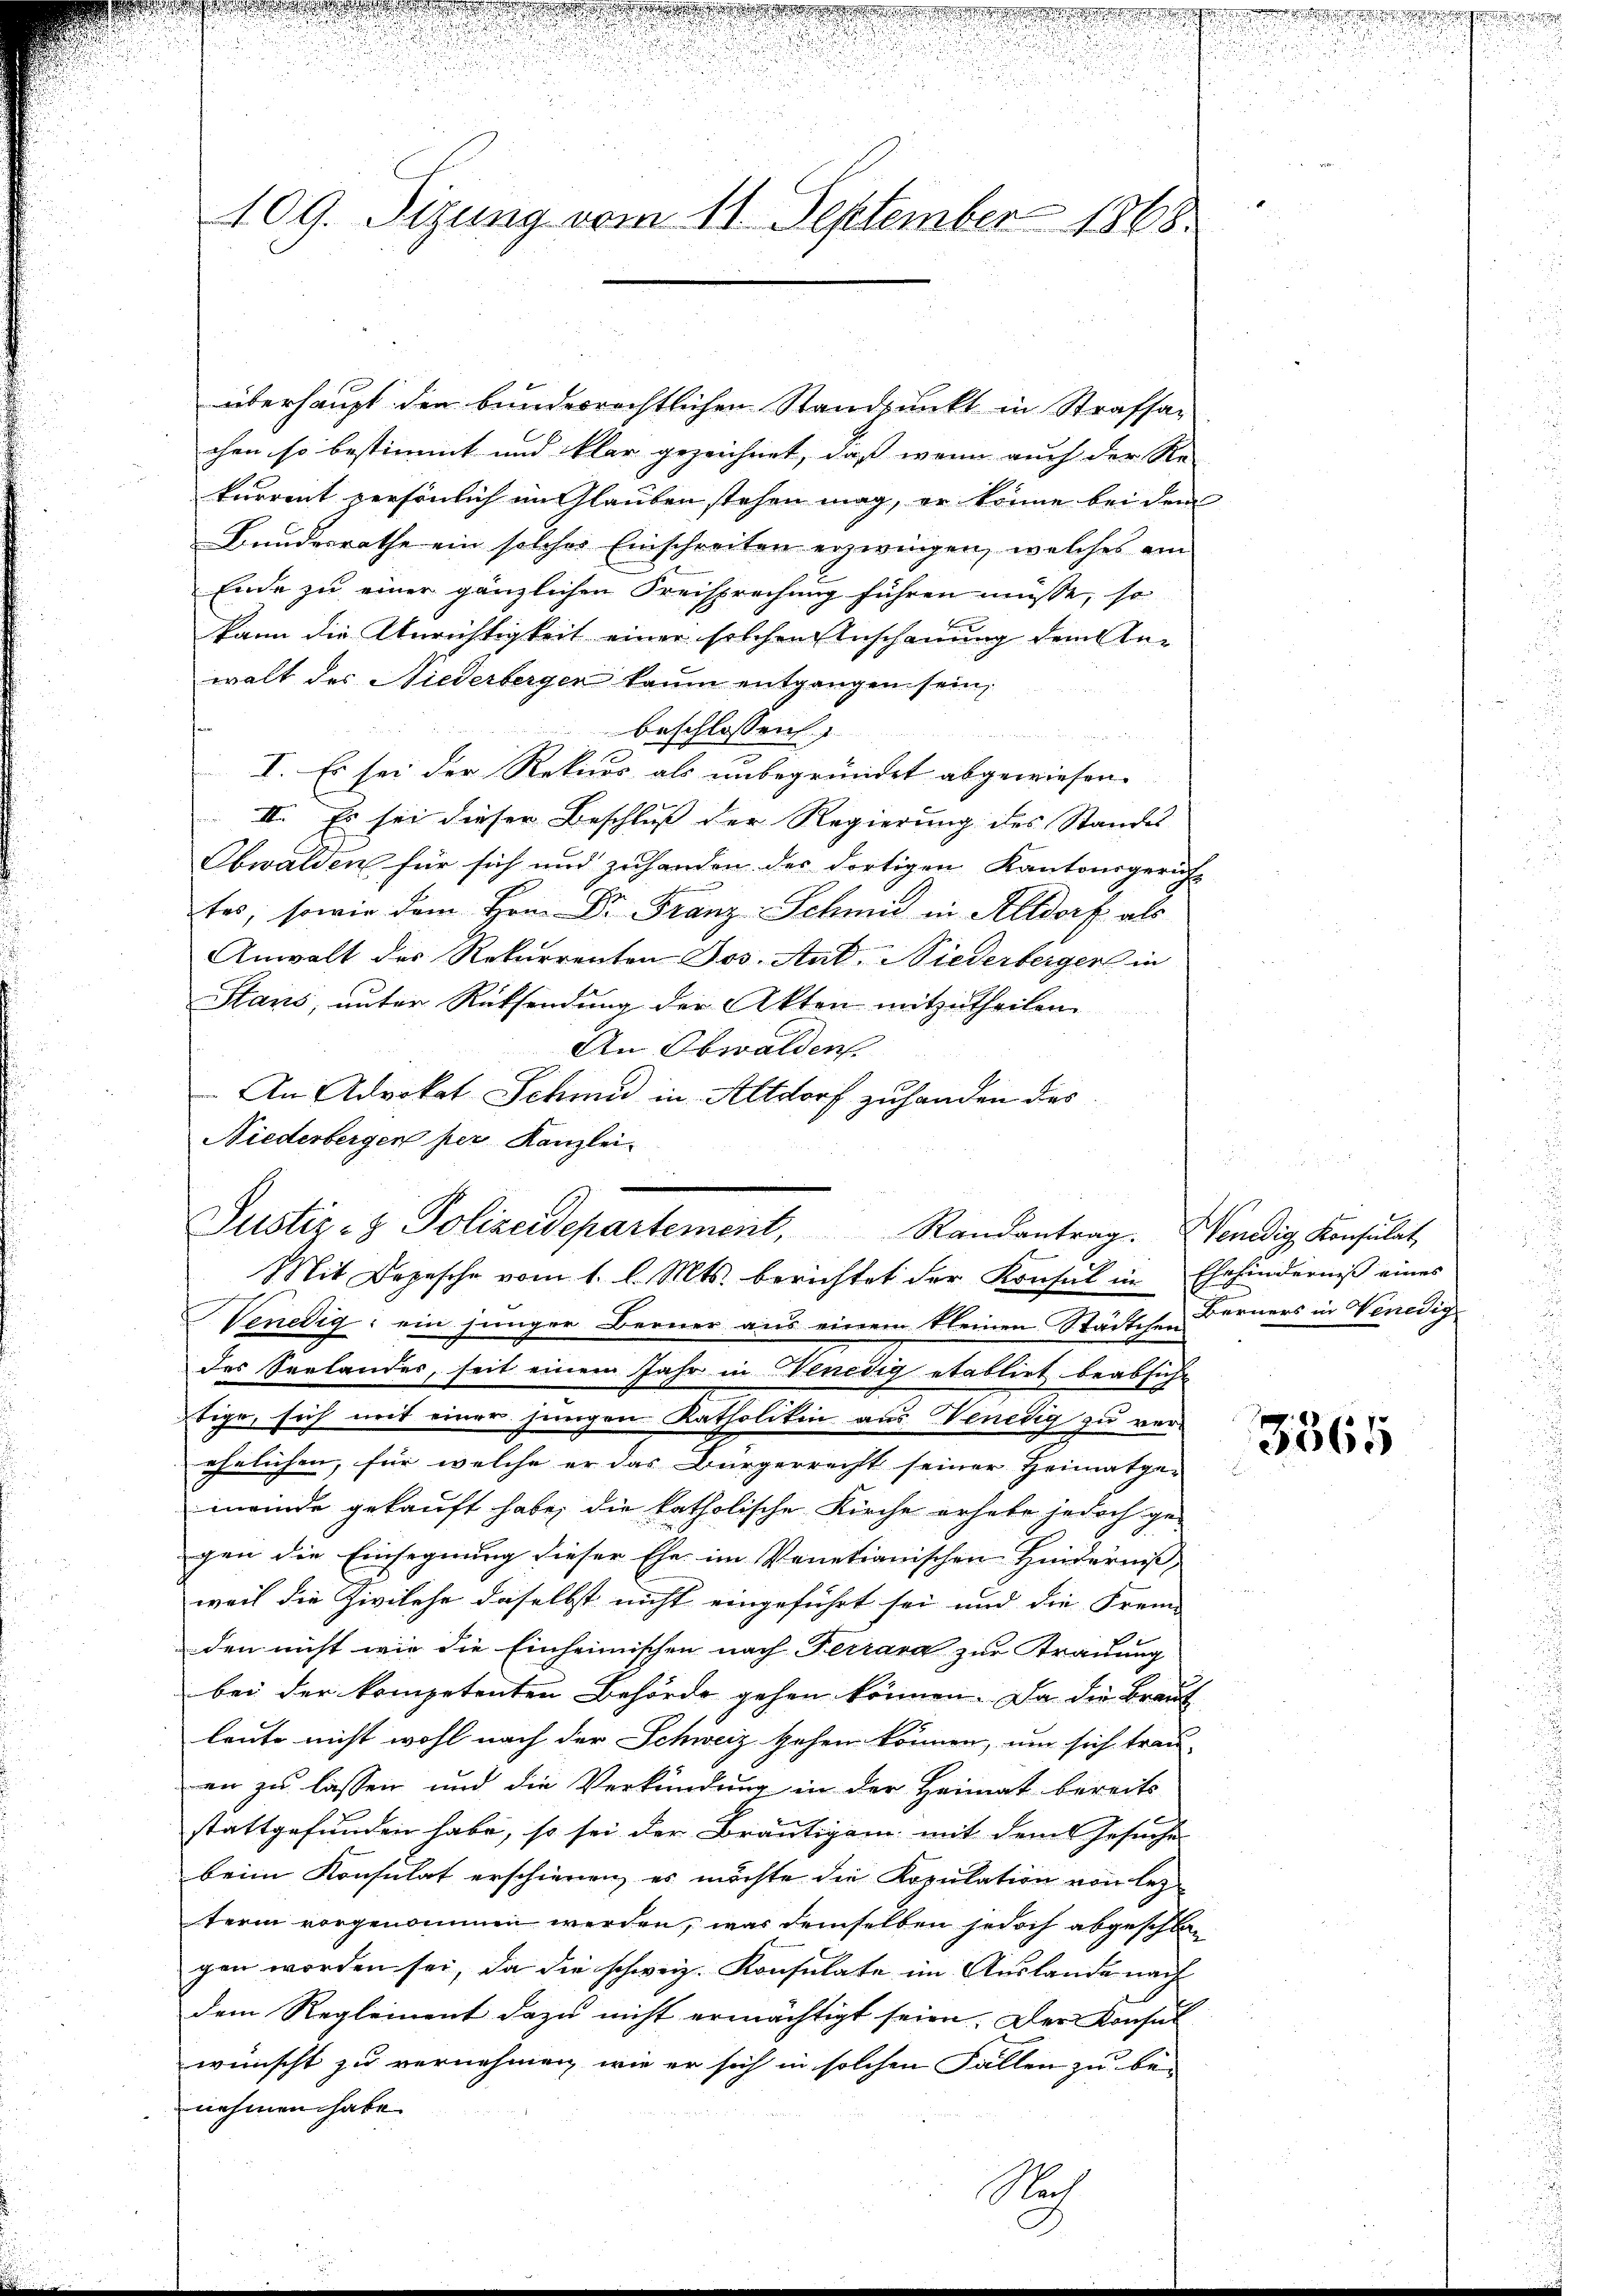
109. Sizung vom 11. September 1868.

überhaupt der bunderrechtlichen Standpunkt in Strafsa-
chen so bestimmt und klar gezeichnet, dass wenn auch der Re- |
kurrent persönlich im Glauben stehen mag, er könne bei dem
Bundesrathe ein solches Einschreiten erzwingen, welches ein
Ende zu einer gänzlichen Kreisprechung führen müsse, so
kann die Anrichtigkeit einer solchen Anschauung dem An-
walt des Niederberger kaum entgangen sein,
beschlossen
r
I. Es sei der Rekurs als unbegründet abgewiesen.
II. Es sei dieser Beschluß der Regierung des Standes
Obwalden für sich und zuhanden der dortigen Kantonsgericht
tes, sowie dem Hrn. Dr. Franz-Schmid in Altdorf als
Anwalt des Rekurrenten Jos. Ant. Niederberger in
Stans, unter Rücksendung der Akten mitzutheilen.
An Obwalden.
An Advokat Schmid in Altdorf zuhanden das
Niederbergen per Kanzlei.
Venedig: ein junger Berner aus einem kleinen Städtchen Berners in Venedigdes Verlandes, seit einem Jahr in Venedig etabliet beabsicht
bige, sich mit einer jungen Katholitin aus Venedig zu verehelichen, für welche er das Bürgerrecht seiner Heimatge- |
meinde gekauft habe, die katholische Kirche erhebe jedoch ge-
gen die Einsegnung dieser Ehe im Venetianischen Hinderniß
weil die Zivilehe daselbst nicht eingeführt sei und die Frem- |
den nicht wie die Einheimischen nach Ferrara zur Strauung
bei der kompetenten Behörde gehen können. Da die Braut
leute nicht wohl nach der Schweiz gehen können, um sich trau-
en zu lassen und die Verkündung in der Heimat bereits
stattgefunden habe, so sei der Bräutigam mit dem Gesuche
beim Konsulat erschienen, es möchte die Kopulation von lez
term vorgenommen werden, was demselben jedoch abgeschlogen worden sei, da die schweiz. Konsulate im Auslande nach
dem Reglement dazu nicht ermächtigt seien. Der Konsul-
wünscht zu vernehmen, wie er sich in solchen Fällen zu be-
nehmen habe.

Justiz- & Polizeidepartement, Randantrag. Wendig Konsulat
Mit Depesche vom 1. l. Mts. berichtet der Konsul in Ehehinderniß eines

Nach

d
d

was wesenden
d

3365